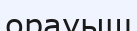
орауыш